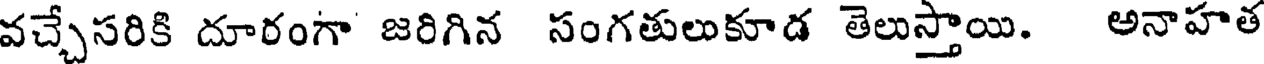
వచ్చేసరికి దూరంగా జరిగిన సంగతులుకూడ తెలుస్తాయి. అనాహత